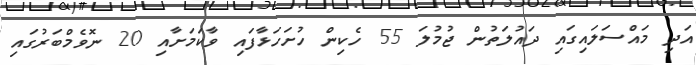
އަދި މައްސަލައިގައި ދައުލަތުން ޖުމުލަ 55 ހެކިން ހުށަހަޅާފައި ވާކަމަށާއި 20 ނޮވެމްބަރުގައި